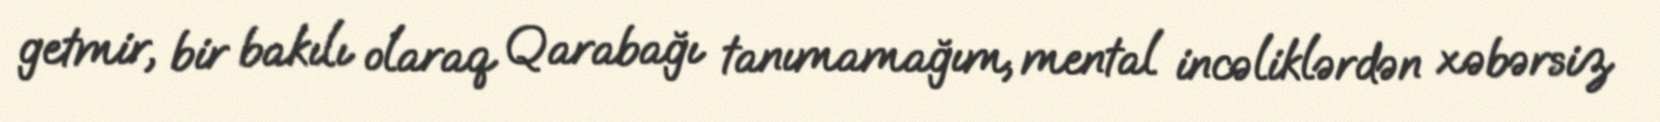
getmir, bir bakılı olaraq Qarabağı tanımamağım, mental incəliklərdən xəbərsiz